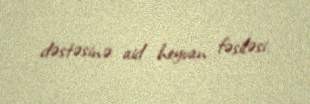
dəstəsinə aid heyvan fəsiləsi.